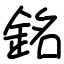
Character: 銘